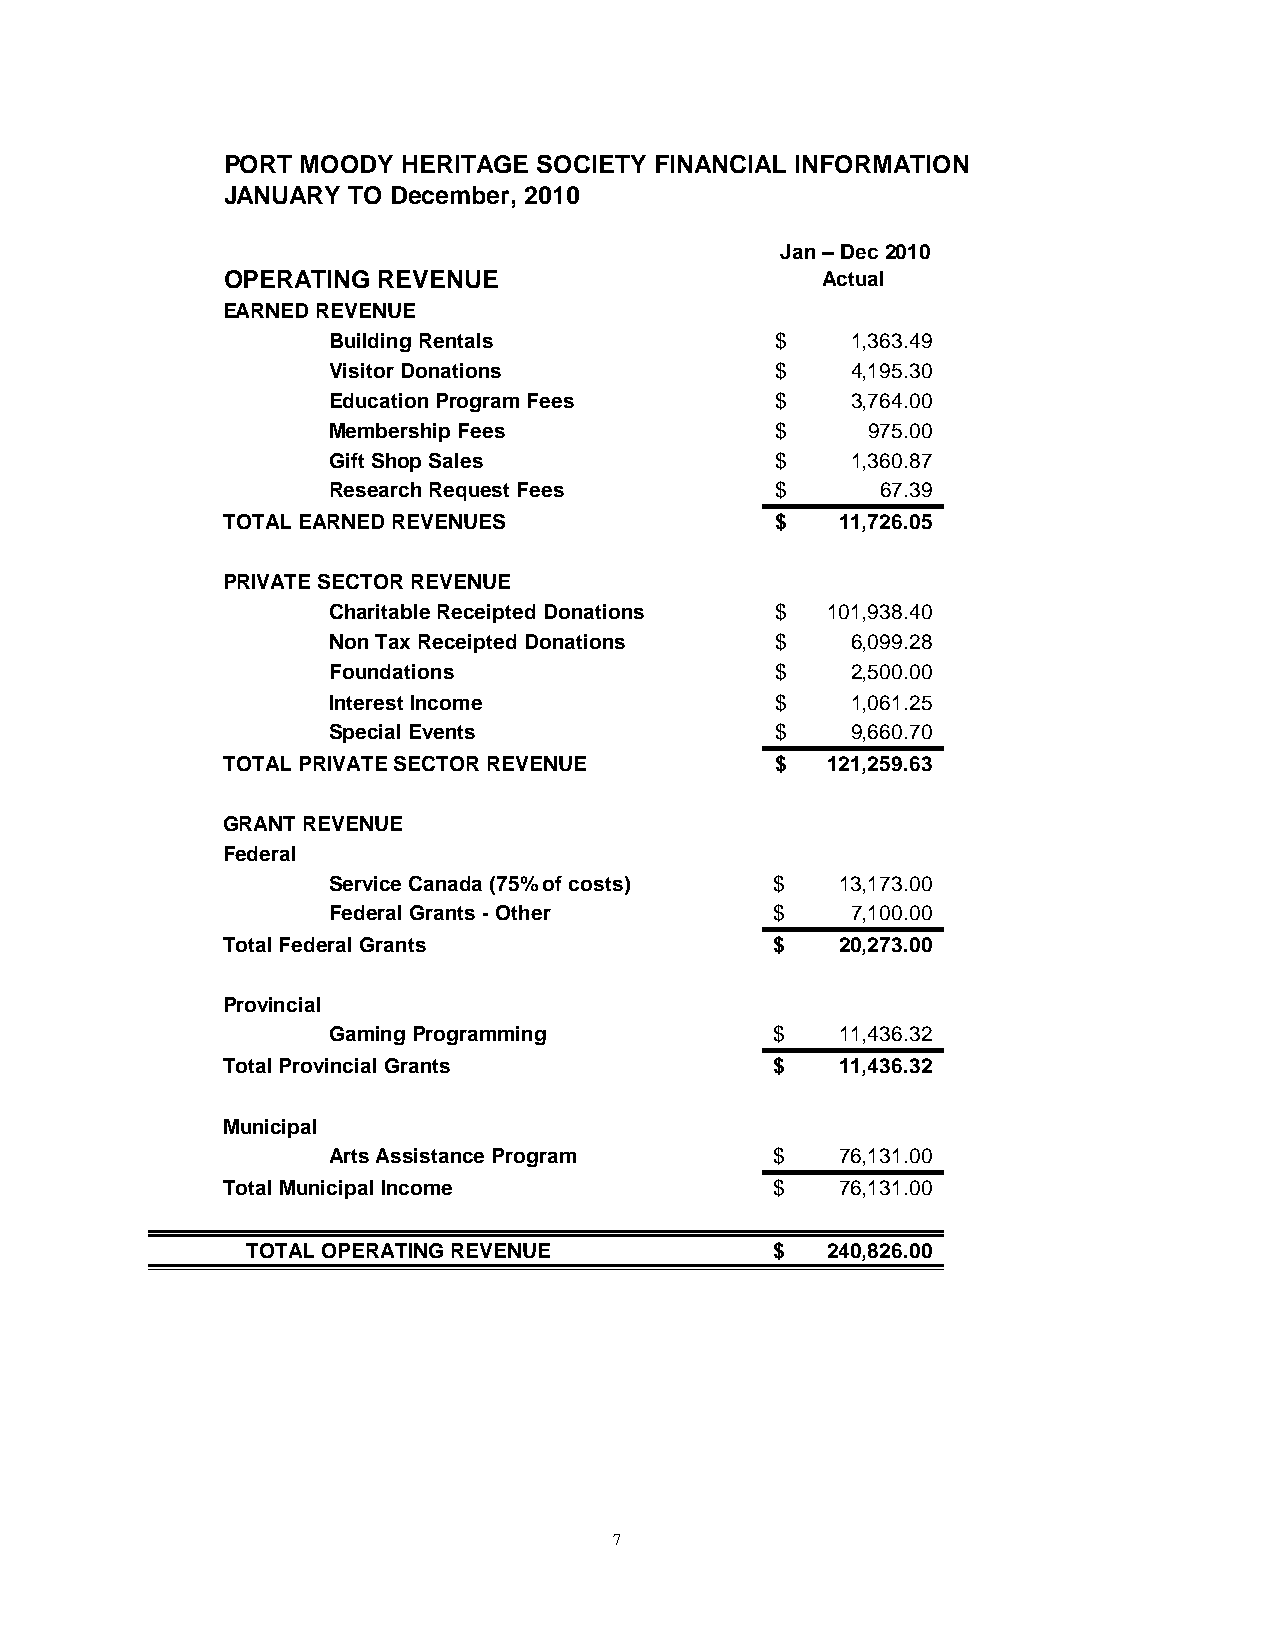
PORT MOODY  HERITAGE SOCIETY FINANCIAL INFORMATION
 JANUARY TO December, 2010
 Jan – Dec 2010
 OPERATING REVENUE                      Actual
 EARNED REVENUE
 Building Rentals             $    1 ,363.49
 Visitor Donations            $    4 ,195.30
 Education Program Fees       $    3 ,764.00
 Membership Fees              $     9 75.00
 Gift Shop Sales              $    1 ,360.87
 Research Request Fees        $      6 7.39
 TOTAL EARNED REVENUES               $    1 1,726.05
 PRIVATE SECTOR REVENUE
 Charitable Receipted Donations $ 1 01,938.40
 Non Tax Receipted Donations  $    6 ,099.28
 Foundations                  $    2 ,500.00
 Interest Income              $    1 ,061.25
 Special Events               $    9 ,660.70
 TOTAL PRIVATE SECTOR REVENUE        $   1 21,259.63
 GRANT REVENUE
 Federal
 Service Canada (75% of costs) $   13,173.00
 Federal Grants - Other       $    7,100.00
 Total Federal Grants                $    20,273.00
 Provincial
 Gaming Programming           $    11,436.32
 Total Provincial Grants             $    11,436.32
 Municipal
 Arts Assistance Program      $    76,131.00
 Total Municipal Income              $    76,131.00
 TOTAL OPERATING REVENUE            $   240,826.00
 7